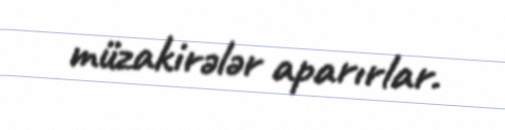
müzakirələr aparırlar.